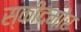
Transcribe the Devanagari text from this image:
स्कीदमोर